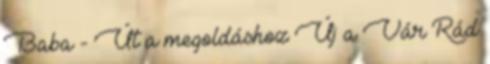
Baba - Út a megoldáshoz Új a Vár Rád